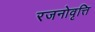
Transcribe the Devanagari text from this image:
रजनोवृत्ति